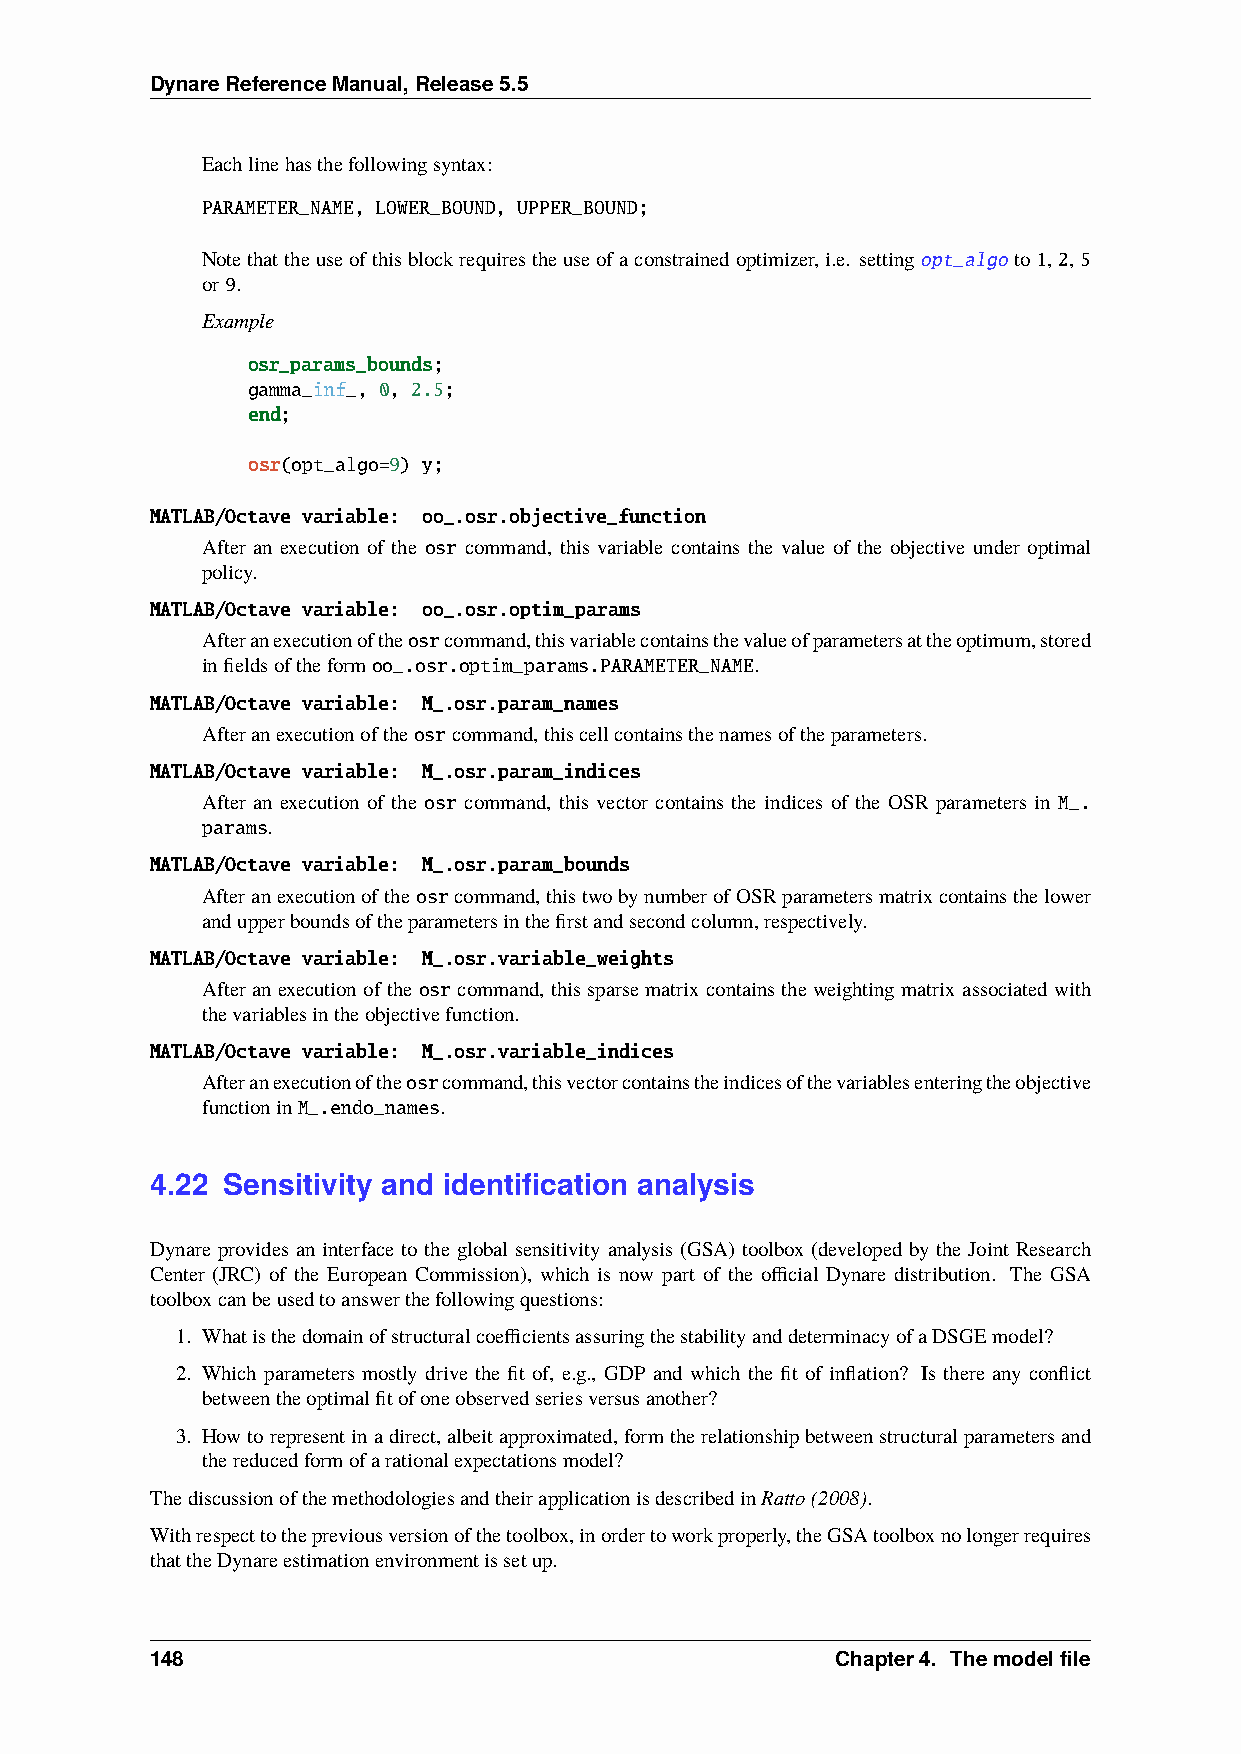
DynareReferenceManual,Release5.5
 Eachlinehasthefollowingsyntax:
 PARAMETER_NAME, LOWER_BOUND, UPPER_BOUND;
 Notethattheuseofthisblockrequirestheuseofaconstrainedoptimizer,i.e. settingopt_algo to1,2,5
 or9.
 Example
 osr_params_bounds;
 gamma_inf_, 0, 2.5;
 end;
 osr(opt_algo=9) y;
 MATLAB/Octave variable: oo_.osr.objective_function
 After an execution of the osr command, this variable contains the value of the objective under optimal
 policy.
 MATLAB/Octave variable: oo_.osr.optim_params
 Afteranexecutionoftheosrcommand,thisvariablecontainsthevalueofparametersattheoptimum,stored
 infieldsoftheformoo_.osr.optim_params.PARAMETER_NAME.
 MATLAB/Octave variable: M_.osr.param_names
 Afteranexecutionoftheosrcommand,thiscellcontainsthenamesoftheparameters.
 MATLAB/Octave variable: M_.osr.param_indices
 After an execution of the osr command, this vector contains the indices of the OSR parameters in M_.
 params.
 MATLAB/Octave variable: M_.osr.param_bounds
 Afteranexecutionoftheosrcommand,thistwobynumberofOSRparametersmatrixcontainsthelower
 andupperboundsoftheparametersinthefirstandsecondcolumn,respectively.
 MATLAB/Octave variable: M_.osr.variable_weights
 Afteranexecutionofthe osrcommand, thissparsematrixcontainstheweightingmatrixassociatedwith
 thevariablesintheobjectivefunction.
 MATLAB/Octave variable: M_.osr.variable_indices
 Afteranexecutionoftheosrcommand,thisvectorcontainstheindicesofthevariablesenteringtheobjective
 functioninM_.endo_names.
 4.22 Sensitivity and identification analysis
 Dynare provides an interface to the global sensitivity analysis (GSA) toolbox (developed by the Joint Research
 Center (JRC) of the European Commission), which is now part of the official Dynare distribution. The GSA
 toolboxcanbeusedtoanswerthefollowingquestions:
 1. WhatisthedomainofstructuralcoefficientsassuringthestabilityanddeterminacyofaDSGEmodel?
 2. Which parameters mostly drive the fit of, e.g., GDP and which the fit of inflation? Is there any conflict
 betweentheoptimalfitofoneobservedseriesversusanother?
 3. Howtorepresentinadirect,albeitapproximated,formtherelationshipbetweenstructuralparametersand
 thereducedformofarationalexpectationsmodel?
 ThediscussionofthemethodologiesandtheirapplicationisdescribedinRatto(2008).
 Withrespecttothepreviousversionofthetoolbox,inordertoworkproperly,theGSAtoolboxnolongerrequires
 thattheDynareestimationenvironmentissetup.
 148                                          Chapter4. Themodelfile